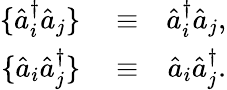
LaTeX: \begin{array}{rlr}{\{ \hat{a}_{i}^{\dagger}\hat{a}_{j}\} }&{{}\equiv}&{\hat{a}_{i}^{\dagger}\hat{a}_{j},}\\ {\{ \hat{a}_{i}\hat{a}_{j}^{\dagger}\} }&{{}\equiv}&{\hat{a}_{i}\hat{a}_{j}^{\dagger}.}\end{array}